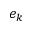
e _ { k }